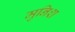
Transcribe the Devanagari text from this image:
मुनिश